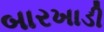
બારખાડી